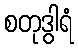
စတုဒွါရံ